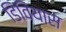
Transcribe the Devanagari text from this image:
डिवियास